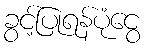
ခွင့်ပြုရန်ပုံငွေ